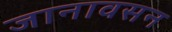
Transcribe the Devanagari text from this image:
जानावसन